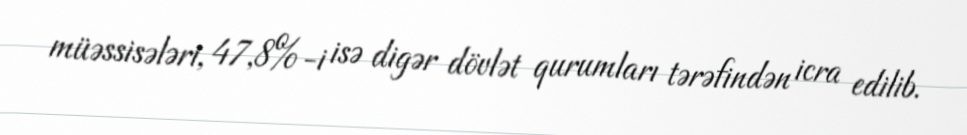
müəssisələri, 47,8%-i isə digər dövlət qurumları tərəfindən icra edilib.